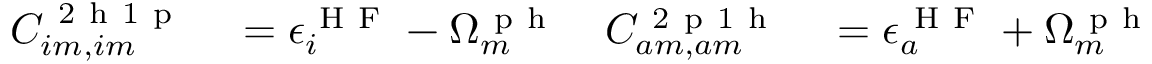
\begin{array} { r l r l } { C _ { i m , i m } ^ { \mathrm { ~ 2 ~ h ~ 1 ~ p ~ } } } & { { } = \epsilon _ { i } ^ { \mathrm { ~ H ~ F ~ } } - \Omega _ { m } ^ { \mathrm { ~ p ~ h ~ } } } & { C _ { a m , a m } ^ { \mathrm { ~ 2 ~ p ~ 1 ~ h ~ } } } & { { } = \epsilon _ { a } ^ { \mathrm { ~ H ~ F ~ } } + \Omega _ { m } ^ { \mathrm { ~ p ~ h ~ } } } \end{array}